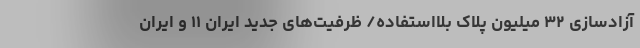
آزادسازی ۳۲ میلیون پلاک بلااستفاده/ ظرفیت‌های جدید ایران ۱۱ و ایران